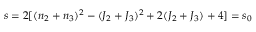
s = 2 [ ( n _ { 2 } + n _ { 3 } ) ^ { 2 } - ( J _ { 2 } + J _ { 3 } ) ^ { 2 } + 2 ( J _ { 2 } + J _ { 3 } ) + 4 ] = s _ { 0 }